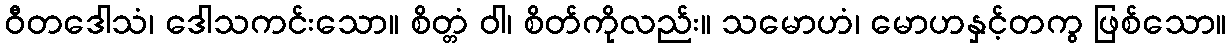
ဝီတဒေါသံ၊ ဒေါသကင်းသော။ စိတ္တံ ဝါ၊ စိတ်ကိုလည်း။ သမောဟံ၊ မောဟနှင့်တကွ ဖြစ်သော။